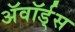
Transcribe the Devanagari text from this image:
ॲवॉर्ड्‌स